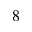
_ 8